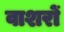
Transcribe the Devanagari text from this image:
वाशरों